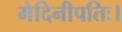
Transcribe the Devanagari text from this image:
मेदिनीपतिः।